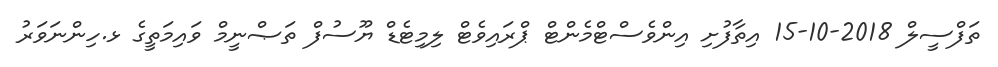
ތަފްސީލް 2018-10-15 އިތާފުށި އިންވެސްޓްމެންޓް ޕްރައިވެޓް ލިމިޓެޑް ޔޫސުފް ތަޞްނީމް ވައިމަތީގެ ޅ.ހިންނަވަރު